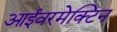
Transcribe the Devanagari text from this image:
आईवरमेक्टिन